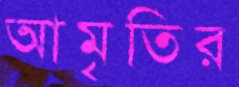
আমৃতির